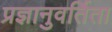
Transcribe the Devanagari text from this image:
प्रज्ञानुवर्तिता